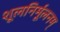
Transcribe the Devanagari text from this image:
शूलनिर्मूलनम्